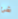
شئ